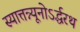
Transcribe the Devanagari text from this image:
स्यात्तन्न्यूनोऽर्द्धरथ